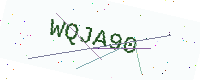
Text: WQJA90